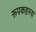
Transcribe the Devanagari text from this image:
रूपकहस्य